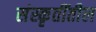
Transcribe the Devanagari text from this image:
संस्कृतींतील